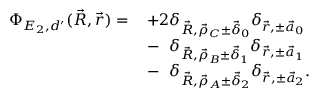
\begin{array} { r l } { \Phi _ { E _ { 2 } , d ^ { \prime } } ( \vec { R } , \vec { r } ) = \, } & { + 2 \delta _ { \vec { R } , \vec { \rho } _ { C } \pm \vec { \delta } _ { 0 } } \delta _ { \vec { r } , \pm \vec { a } _ { 0 } } } \\ & { - \phantom { 2 } \delta _ { \vec { R } , \vec { \rho } _ { B } \pm \vec { \delta } _ { 1 } } \delta _ { \vec { r } , \pm \vec { a } _ { 1 } } } \\ & { - \phantom { 2 } \delta _ { \vec { R } , \vec { \rho } _ { A } \pm \vec { \delta } _ { 2 } } \delta _ { \vec { r } , \pm \vec { a } _ { 2 } } . } \end{array}